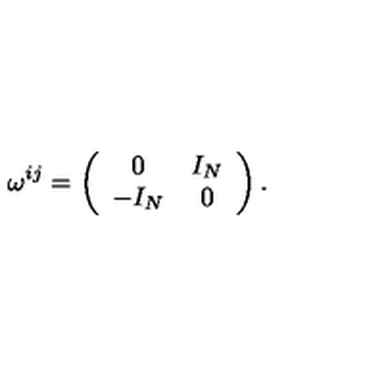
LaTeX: \omega ^ { i j } = \left( \begin{array} { c c } { 0 } & { I _ { N } } \\ { - I _ { N } } & { 0 } \\ \end{array} \right) .